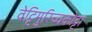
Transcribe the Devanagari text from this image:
वेट्टिमुरिच्चकोट्टा